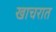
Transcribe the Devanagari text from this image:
खाचरात